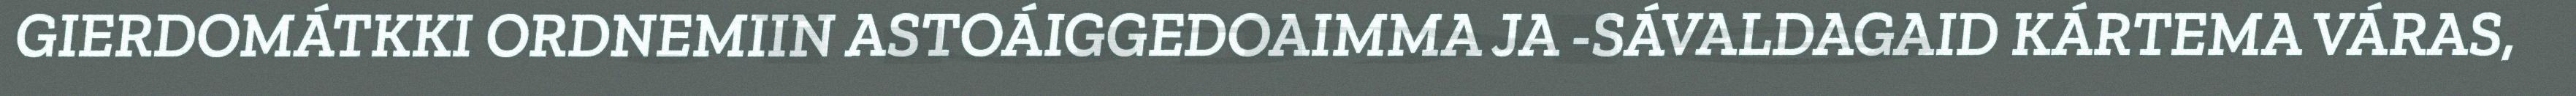
GIERDOMÁTKKI ORDNEMIIN ASTOÁIGGEDOAIMMA JA -SÁVALDAGAID KÁRTEMA VÁRAS,